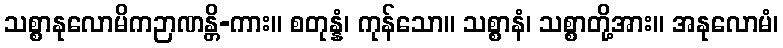
သစ္စာနုလောမိကဉာဏန္တိ-ကား။ စတုန္နံ၊ ကုန်သော။ သစ္စာနံ၊ သစ္စာတို့အား။ အနုလောမံ၊